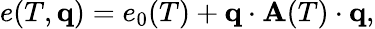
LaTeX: \begin{array}{r}{e(T,\mathbf q)=e_{0}(T)+\mathbf q\cdot\mathbf A(T)\cdot\mathbf q,}\end{array}